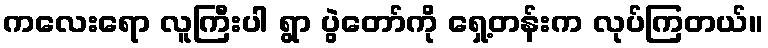
ကလေးရော လူကြီးပါ ရွာ ပွဲတော်ကို ရှေ့တန်းက လုပ်ကြတယ်။